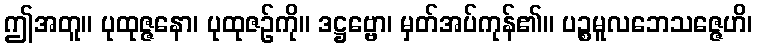
ဤအတူ။ ပုထုဇ္ဇနော၊ ပုထုဇဉ်ကို။ ဒဋ္ဌဗ္ဗော၊ မှတ်အပ်ကုန်၏။ ပဉ္စမူလဘေသဇ္ဇေဟိ၊